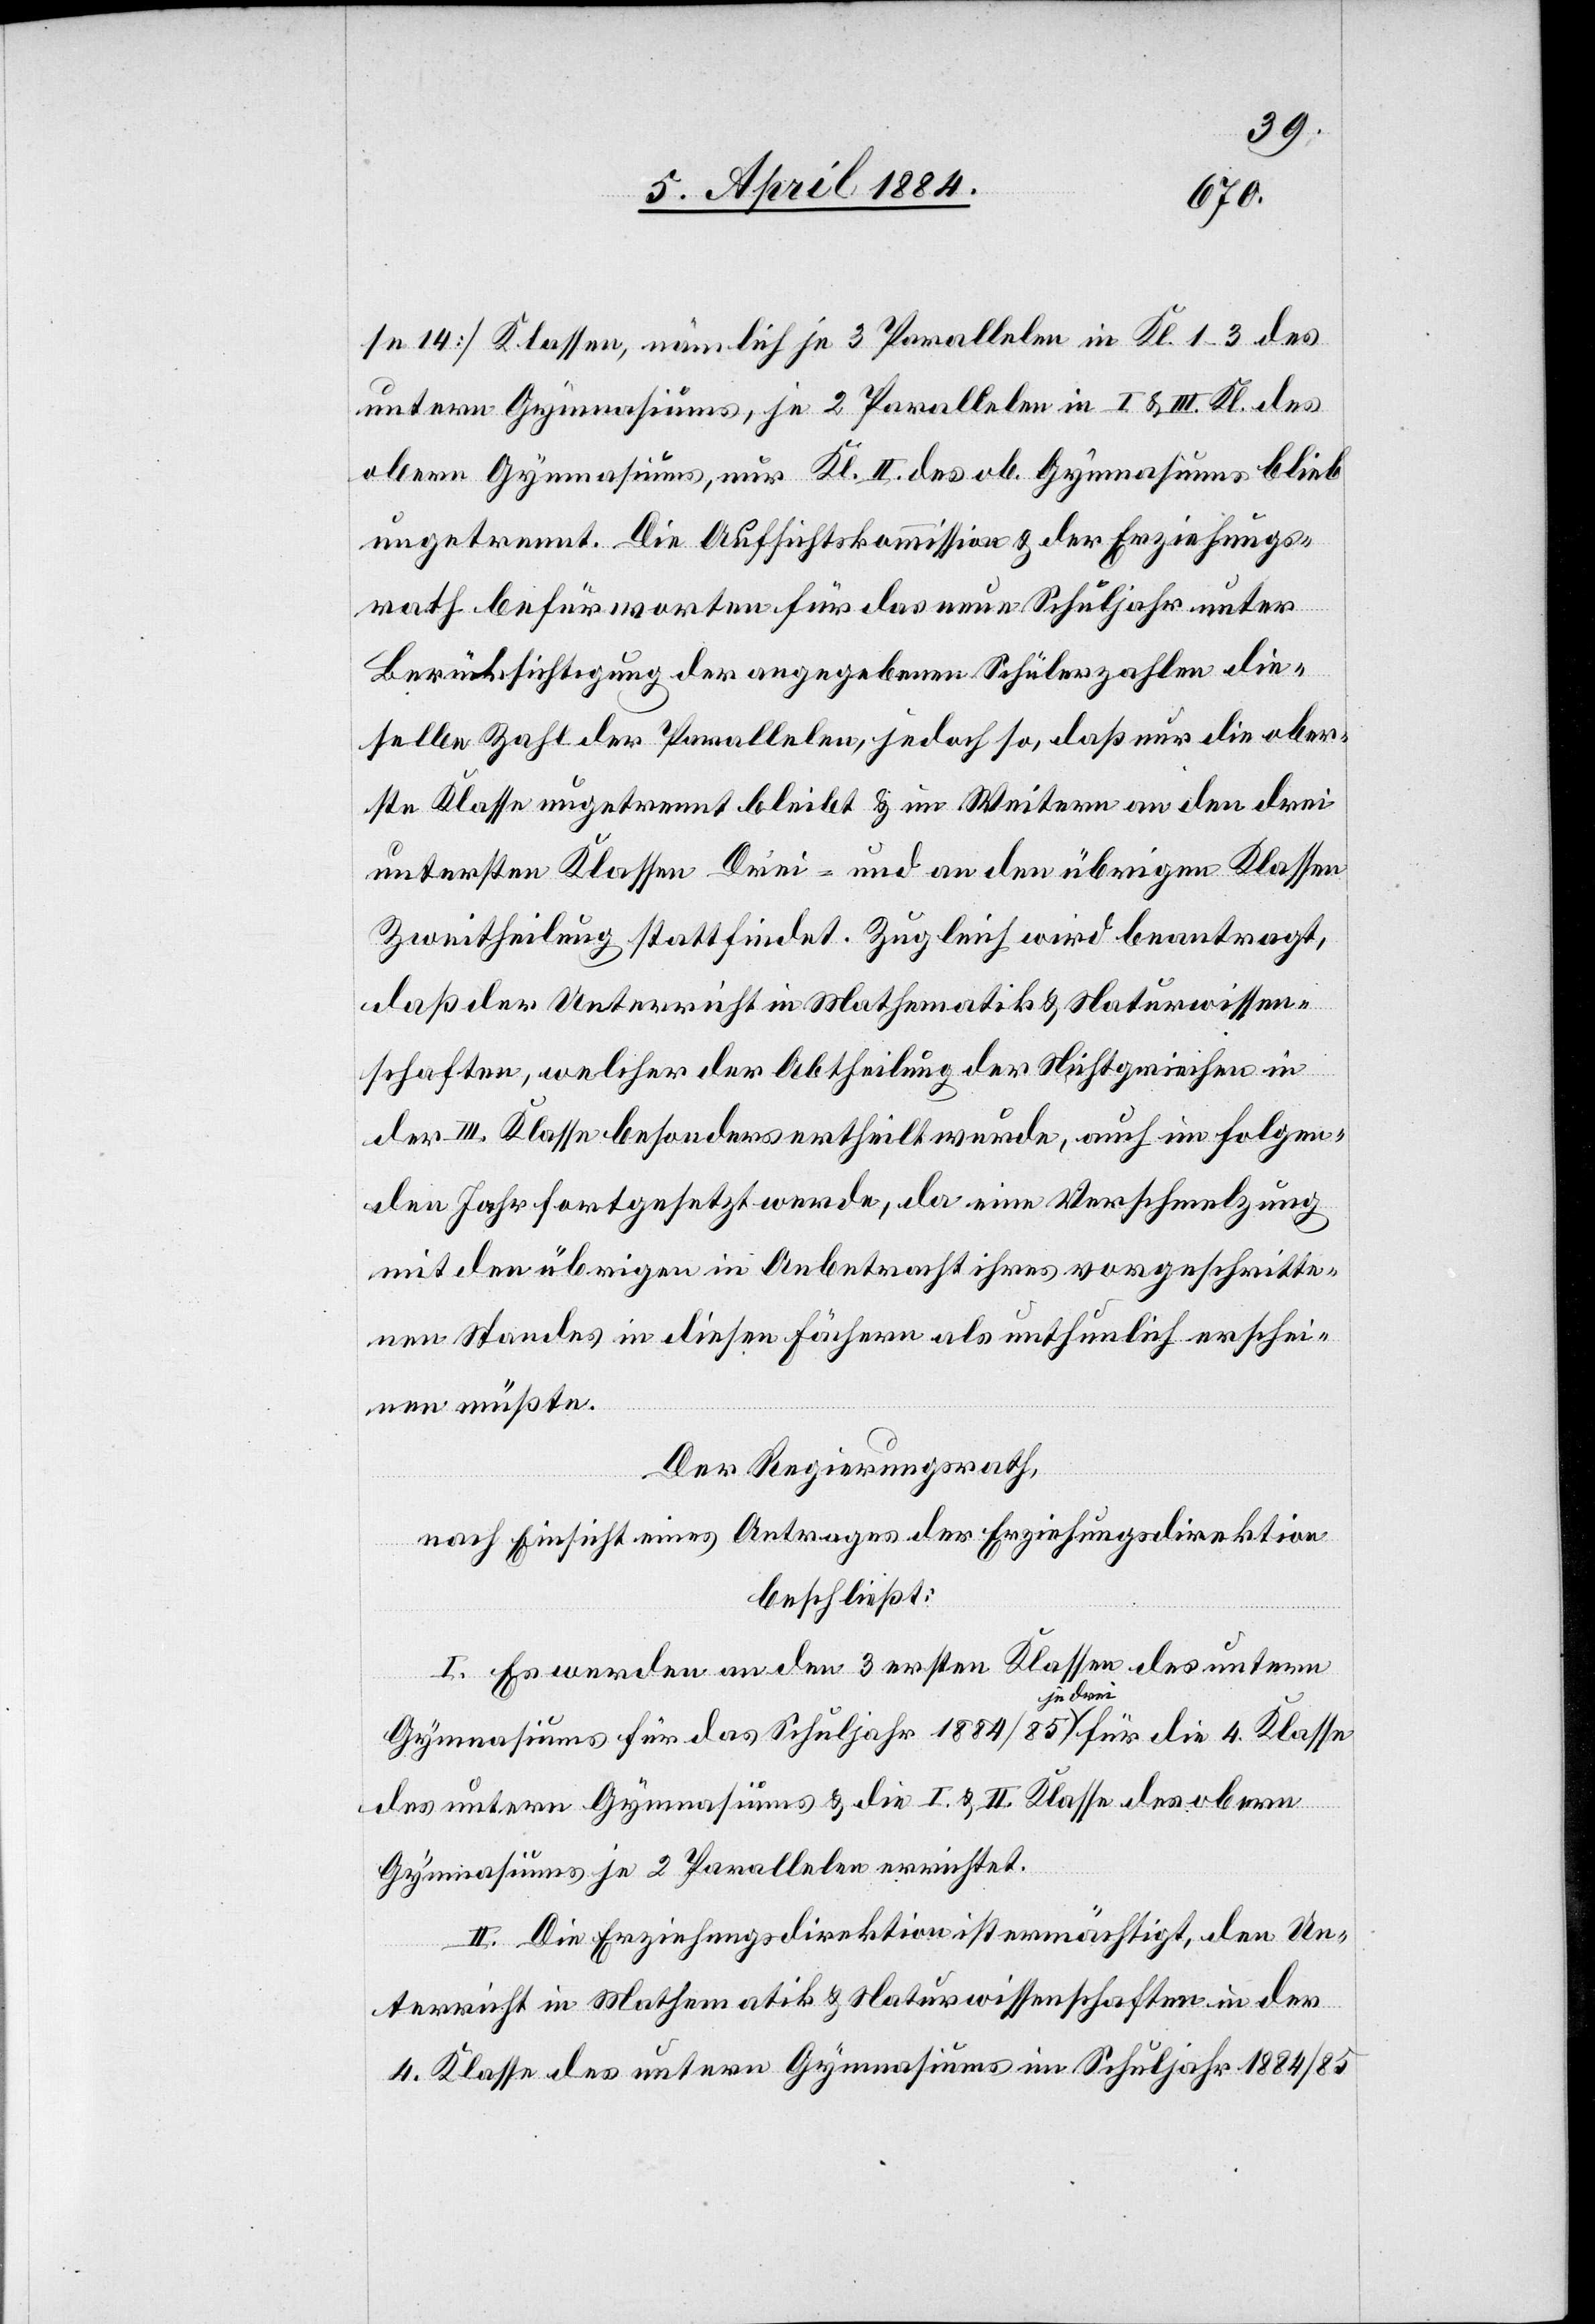
se 14] Klassen, nämlich je 3 Parallelen in Kl. 1–3 des
untern Gymnasiums, je 2 Parallelen in I. & III. Kl. des
obern Gymnasiums, nur Kl. II. des ob. Gymnasiums blieb
ungetrennt. Die Aufsichtskommission & der Erziehungs¬
rath befürworten für das neue Schuljahr unter
Berücksichtigung der angegebenen Schülerzahlen die¬
selbe Zahl der Parallelen, jedoch so, daß nur die ober¬
ste Klasse ungetrennt bleibt & im Weitern an den drei
untersten Klassen Drei- und an den übrigen Klassen
Zweitheilung stattfindet. Zugleich wird beantragt,
daß der Unterricht in Mathematik & Naturwissen¬
schaften, welcher der Abtheilung der Nichtgriechen in
der III. Klasse besonders ertheilt wurde, auch im folgen¬
den Jahr fortgesetzt werde, da eine Verschmelzung
mit den übrigen in Anbetracht ihres vorgeschritte¬
nen Standes in diesen Fächern als unthunlich erschei¬
nen müßte.
Der Regierungsrath,
nach Einsicht eines Antrages der Erziehungsdirektion
beschließt:
I. Es werden an den 3 ersten Klassen des untern
Gymnasiums für das Schuljahr 1884/85 je drei für die 4. Klasse
des untern Gymnasiums & die I. & II. Klasse des obern
Gymnasiums je 2 Parallelen errichtet.
II. Die Erziehungsdirektion ist ermächtigt, den Un¬
terricht in Mathematik & Naturwissenschaften in der
4. Klasse des untern Gymnasiums im Schuljahr 1884/85